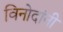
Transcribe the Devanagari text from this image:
विनोदांनी